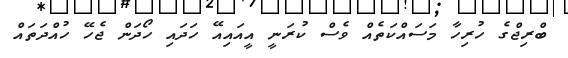
ބްރިޖްގެ ހުރިހާ މަސައްކަތެއް ވެސް ކުރަނީ އީއައިއޭ ހަދައި ހޯދަން ޖެހޭ ހުއްދަތައް